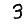
Digit: 3